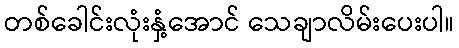
တစ်ခေါင်းလုံးနှံ့အောင် သေချာလိမ်းပေးပါ။